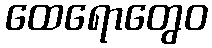
ထေရောတွေဝ